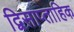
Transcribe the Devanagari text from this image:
द्विसाप्‍ताहिक